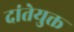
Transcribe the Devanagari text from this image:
दांतेयुक्त